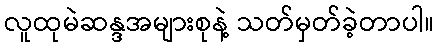
လူထုမဲဆန္ဒအများစုနဲ့ သတ်မှတ်ခဲ့တာပါ။